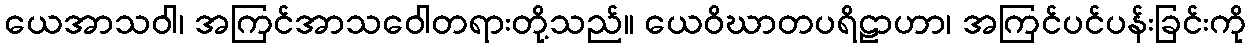
ယေအာသဝါ၊ အကြင်အာသဝေါတရားတို့သည်။ ယေဝိဃာတပရိဠာဟာ၊ အကြင်ပင်ပန်းခြင်းကို